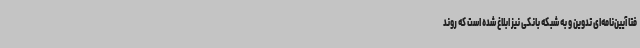
فتا آیین‌نامه‌ای تدوین و به شبکه بانکی نیز ابلاغ شده است که روند